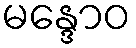
မန္ဒောဝ